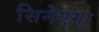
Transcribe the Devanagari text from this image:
सिनेएमा